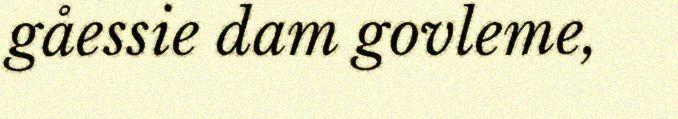
gåessie dam govleme,